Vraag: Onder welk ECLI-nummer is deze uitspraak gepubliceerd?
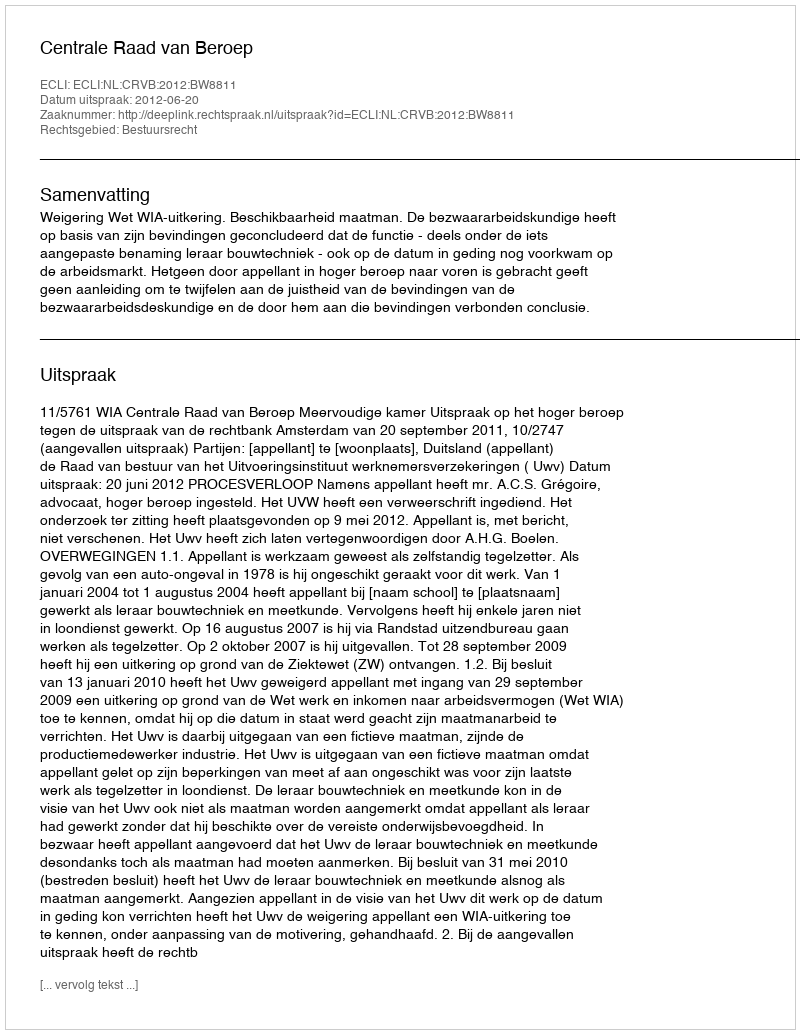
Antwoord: ECLI:NL:CRVB:2012:BW8811